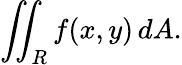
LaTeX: \iint_{R}f(x,y)\, dA.